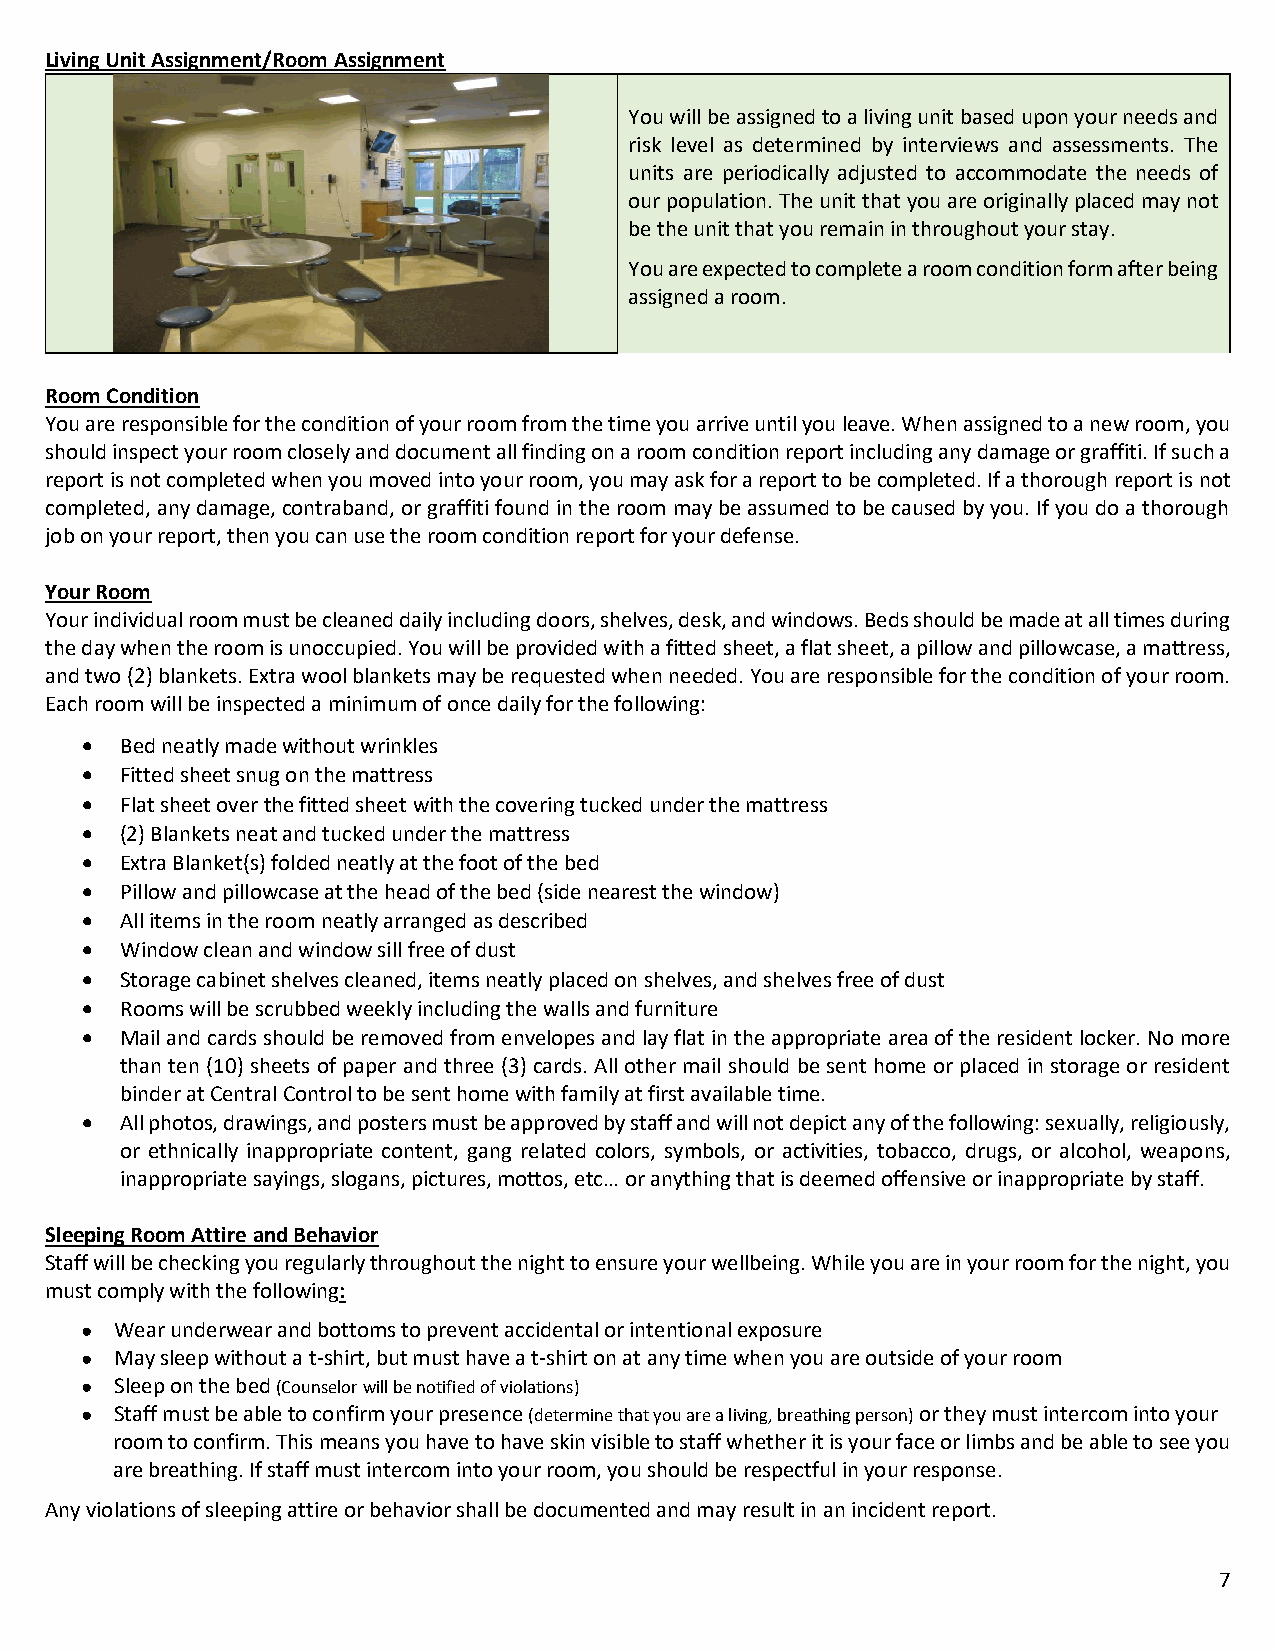
Living Unit Assignment/Room Assignment
 You will be assigned to a living unit based upon your needs and
 risk level as determined by interviews and assessments. The
 units are periodically adjusted to accommodate the needs of
 our population. The unit that you are originally placed may not
 be the unit that you remain in throughout your stay.
 You are expected to complete a room condition form after being
 assigned a room.
 Room Condition
 You are responsible for the condition of your room from the time you arrive until you leave. When assigned to a new room, you
 should inspect your room closely and document all finding on a room condition report including any damage or graffiti. If such a
 report is not completed when you moved into your room, you may ask for a report to be completed. If a thorough report is not
 completed, any damage, contraband, or graffiti found in the room may be assumed to be caused by you. If you do a thorough
 job on your report, then you can use the room condition report for your defense.
 Your Room
 Your individual room must be cleaned daily including doors, shelves, desk, and windows. Beds should be made at all times during
 the day when the room is unoccupied. You will be provided with a fitted sheet, a flat sheet, a pillow and pillowcase, a mattress,
 and two (2) blankets. Extra wool blankets may be requested when needed. You are responsible for the condition of your room.
 Each room will be inspected a minimum of once daily for the following:
 •  Bed neatly made without wrinkles
 •  Fitted sheet snug on the mattress
 •  Flat sheet over the fitted sheet with the covering tucked under the mattress
 •  (2) Blankets neat and tucked under the mattress
 •  Extra Blanket(s) folded neatly at the foot of the bed
 •  Pillow and pillowcase at the head of the bed (side nearest the window)
 •  All items in the room neatly arranged as described
 •  Window clean and window sill free of dust
 •  Storage cabinet shelves cleaned, items neatly placed on shelves, and shelves free of dust
 •  Rooms will be scrubbed weekly including the walls and furniture
 •  Mail and cards should be removed from envelopes and lay flat in the appropriate area of the resident locker. No more
 than ten (10) sheets of paper and three (3) cards. All other mail should be sent home or placed in storage or resident
 binder at Central Control to be sent home with family at first available time.
 •  All photos, drawings, and posters must be approved by staff and will not depict any of the following: sexually, religiously,
 or ethnically inappropriate content, gang related colors, symbols, or activities, tobacco, drugs, or alcohol, weapons,
 inappropriate sayings, slogans, pictures, mottos, etc… or anything that is deemed offensive or inappropriate by staff.
 Sleeping Room Attire and Behavior
 Staff will be checking you regularly throughout the night to ensure your wellbeing. While you are in your room for the night, you
 must comply with the following:
 ●  Wear underwear and bottoms to prevent accidental or intentional exposure
 ●  May sleep without a t-shirt, but must have a t-shirt on at any time when you are outside of your room
 ●  Sleep on the bed (Counselor will be notified of violations)
 ●  Staff must be able to confirm your presence (determine that you are a living, breathing person) or they must intercom into your
 room to confirm. This means you have to have skin visible to staff whether it is your face or limbs and be able to see you
 are breathing. If staff must intercom into your room, you should be respectful in your response.
 Any violations of sleeping attire or behavior shall be documented and may result in an incident report.
 7